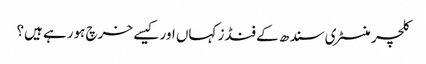
کلچر منسٹری سندھ کے فنڈز کہاں اور کیسے خرچ ہورہے ہیں؟